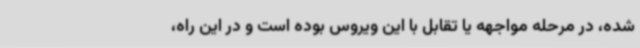
شده، در مرحله مواجهه یا تقابل با این ویروس بوده است و در این راه،